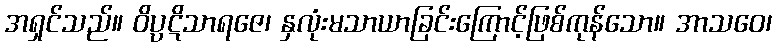
အရှင်သည်။ ဝိပ္ပဋိသာရဇေ၊ နှလုံးမသာယာခြင်းကြောင့်ဖြစ်ကုန်သော။ အာသဝေ၊